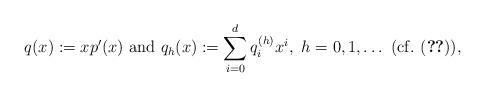
LaTeX: \begin{align*}q(x):=xp'(x)~{\rm and}~q_h(x):=\sum_{i=0}^dq_i^{(h)}x^i,~h=0,1,\dots~{\rm (cf.~ (\ref{eqdnd2}))},\end{align*}